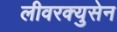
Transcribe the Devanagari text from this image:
लीवरक्युसेन